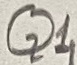
Text: Q1